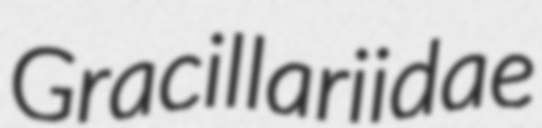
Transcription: Gracillariidae